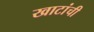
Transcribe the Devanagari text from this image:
खाटांची